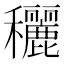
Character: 穲